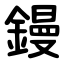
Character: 鏝